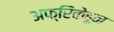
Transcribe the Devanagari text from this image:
अफ्रिकेहून